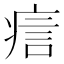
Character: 𤶘